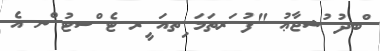
ްބދު ުޝޖާޢު "ފު ަރތަމަ ިތއަ ީރ ޓެ ްސޓު ްނ އެ